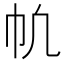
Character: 㠶